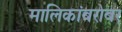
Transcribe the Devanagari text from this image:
मालिकांबरोबर